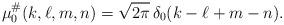
LaTeX: \begin{align*}\mu^{\#}_{0}(k,\ell,m,n) = \sqrt{2\pi}\, \delta_0(k-\ell+m-n).\end{align*}